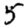
Digit: 5